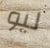
ليو